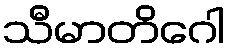
သီမာတိဂေါ